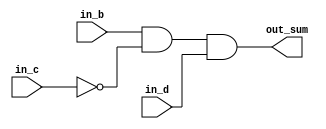
module parity_03(
    in_b,
    in_c,
    in_d,
    out_sum
);

input in_b;
input in_c;
input in_d;
output out_sum;

assign out_sum = in_b & (~in_c) & in_d;

endmodule